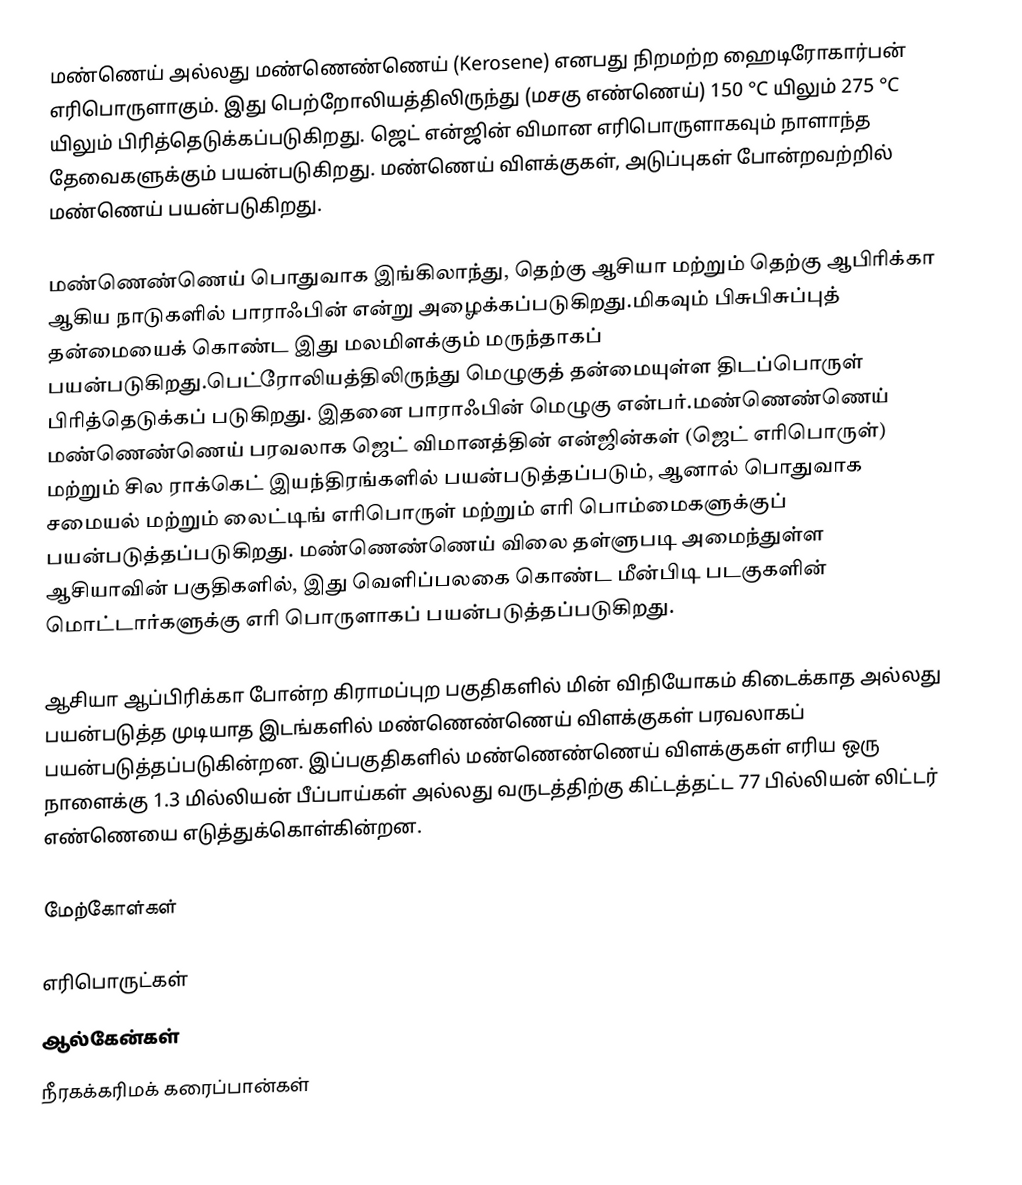
மண்ணெய் அல்லது மண்ணெண்ணெய் (Kerosene) எனபது நிறமற்ற ஹைடிரோகார்பன் எரிபொருளாகும். இது பெற்றோலியத்திலிருந்து (மசகு எண்ணெய்) 150 °C யிலும் 275 °C யிலும் பிரித்தெடுக்கப்படுகிறது. ஜெட் என்ஜின் விமான எரிபொருளாகவும் நாளாந்த தேவைகளுக்கும் பயன்படுகிறது. மண்ணெய் விளக்குகள், அடுப்புகள் போன்றவற்றில் மண்ணெய் பயன்படுகிறது.

மண்ணெண்ணெய் பொதுவாக இங்கிலாந்து, தெற்கு ஆசியா மற்றும் தெற்கு ஆபிரிக்கா ஆகிய நாடுகளில் பாராஃபின் என்று அழைக்கப்படுகிறது.மிகவும் பிசுபிசுப்புத் தன்மையைக் கொண்ட இது மலமிளக்கும் மருந்தாகப் பயன்படுகிறது.பெட்ரோலியத்திலிருந்து மெழுகுத் தன்மையுள்ள திடப்பொருள் பிரித்தெடுக்கப் படுகிறது. இதனை பாராஃபின் மெழுகு என்பர்.மண்ணெண்ணெய் மண்ணெண்ணெய் பரவலாக ஜெட் விமானத்தின் என்ஜின்கள் (ஜெட் எரிபொருள்) மற்றும் சில ராக்கெட் இயந்திரங்களில் பயன்படுத்தப்படும், ஆனால் பொதுவாக சமையல் மற்றும் லைட்டிங் எரிபொருள் மற்றும் எரி பொம்மைகளுக்குப் பயன்படுத்தப்படுகிறது. மண்ணெண்ணெய் விலை தள்ளுபடி அமைந்துள்ள ஆசியாவின் பகுதிகளில், இது வெளிப்பலகை கொண்ட மீன்பிடி படகுகளின் மொட்டார்களுக்கு எரி பொருளாகப் பயன்படுத்தப்படுகிறது.

ஆசியா ஆப்பிரிக்கா போன்ற கிராமப்புற பகுதிகளில் மின் விநியோகம் கிடைக்காத அல்லது பயன்படுத்த முடியாத இடங்களில் மண்ணெண்ணெய் விளக்குகள் பரவலாகப் பயன்படுத்தப்படுகின்றன. இப்பகுதிகளில் மண்ணெண்ணெய் விளக்குகள் எரிய ஒரு நாளைக்கு 1.3 மில்லியன் பீப்பாய்கள் அல்லது வருடத்திற்கு கிட்டத்தட்ட 77 பில்லியன் லிட்டர் எண்ணெயை எடுத்துக்கொள்கின்றன.

மேற்கோள்கள்

எரிபொருட்கள்
ஆல்கேன்கள்
நீரகக்கரிமக் கரைப்பான்கள்